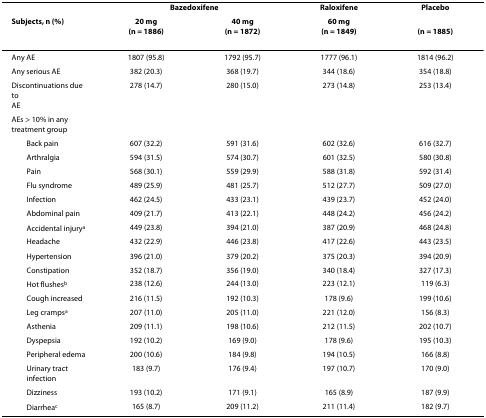
<table><thead><tr><td></td><td colspan="2"><b>Bazedoxifene</b></td><td><b>Raloxifene</b></td><td><b>Placebo</b></td></tr><tr><td><b>Subjects, n (%)</b></td><td><b>20 mg(n = 1886)</b></td><td><b>40 mg(n = 1872)</b></td><td><b>60 mg(n = 1849)</b></td><td><b>(n = 1885)</b></td></tr></thead><tbody><tr><td>Any AE</td><td>1807 (95.8)</td><td>1792 (95.7)</td><td>1777 (96.1)</td><td>1814 (96.2)</td></tr><tr><td>Any serious AE</td><td>382 (20.3)</td><td>368 (19.7)</td><td>344 (18.6)</td><td>354 (18.8)</td></tr><tr><td>Discontinuations due to AE</td><td>278 (14.7)</td><td>280 (15.0)</td><td>273 (14.8)</td><td>253 (13.4)</td></tr><tr><td>AEs &gt; 10% in any treatment group</td><td></td><td></td><td></td><td></td></tr><tr><td> Back pain</td><td>607 (32.2)</td><td>591 (31.6)</td><td>602 (32.6)</td><td>616 (32.7)</td></tr><tr><td> Arthralgia</td><td>594 (31.5)</td><td>574 (30.7)</td><td>601 (32.5)</td><td>580 (30.8)</td></tr><tr><td> Pain</td><td>568 (30.1)</td><td>559 (29.9)</td><td>588 (31.8)</td><td>592 (31.4)</td></tr><tr><td> Flu syndrome</td><td>489 (25.9)</td><td>481 (25.7)</td><td>512 (27.7)</td><td>509 (27.0)</td></tr><tr><td> Infection</td><td>462 (24.5)</td><td>433 (23.1)</td><td>439 (23.7)</td><td>452 (24.0)</td></tr><tr><td> Abdominal pain</td><td>409 (21.7)</td><td>413 (22.1)</td><td>448 (24.2)</td><td>456 (24.2)</td></tr><tr><td> Accidental injury<sup>a</sup></td><td>449 (23.8)</td><td>394 (21.0)</td><td>387 (20.9)</td><td>468 (24.8)</td></tr><tr><td> Headache</td><td>432 (22.9)</td><td>446 (23.8)</td><td>417 (22.6)</td><td>443 (23.5)</td></tr><tr><td> Hypertension</td><td>396 (21.0)</td><td>379 (20.2)</td><td>375 (20.3)</td><td>394 (20.9)</td></tr><tr><td> Constipation</td><td>352 (18.7)</td><td>356 (19.0)</td><td>340 (18.4)</td><td>327 (17.3)</td></tr><tr><td> Hot flushes<sup>b</sup></td><td>238 (12.6)</td><td>244 (13.0)</td><td>223 (12.1)</td><td>119 (6.3)</td></tr><tr><td> Cough increased</td><td>216 (11.5)</td><td>192 (10.3)</td><td>178 (9.6)</td><td>199 (10.6)</td></tr><tr><td> Leg cramps<sup>a</sup></td><td>207 (11.0)</td><td>205 (11.0)</td><td>221 (12.0)</td><td>156 (8.3)</td></tr><tr><td> Asthenia</td><td>209 (11.1)</td><td>198 (10.6)</td><td>212 (11.5)</td><td>202 (10.7)</td></tr><tr><td> Dyspepsia</td><td>192 (10.2)</td><td>169 (9.0)</td><td>178 (9.6)</td><td>195 (10.3)</td></tr><tr><td> Peripheral edema</td><td>200 (10.6)</td><td>184 (9.8)</td><td>194 (10.5)</td><td>166 (8.8)</td></tr><tr><td> Urinary tract infection</td><td>183 (9.7)</td><td>176 (9.4)</td><td>197 (10.7)</td><td>170 (9.0)</td></tr><tr><td> Dizziness</td><td>193 (10.2)</td><td>171 (9.1)</td><td>165 (8.9)</td><td>187 (9.9)</td></tr><tr><td> Diarrhea<sup>c</sup></td><td>165 (8.7)</td><td>209 (11.2)</td><td>211 (11.4)</td><td>182 (9.7)</td></tr></tbody></table>